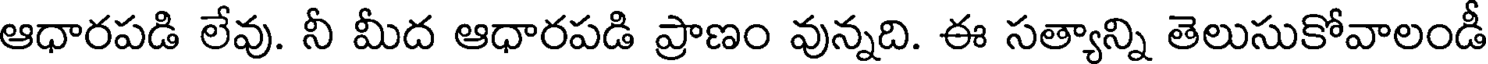
ఆధారపడి లేవు. నీ మీద ఆధారపడి ప్రాణం వున్నది. ఈ సత్యాన్ని తెలుసుకోవాలండీ